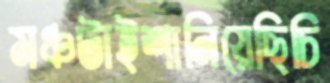
মঞ্চটাইশানিয়েছিচি